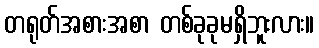
တရုတ်အစားအစာ တစ်ခုခုမရှိဘူးလား။